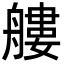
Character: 艛